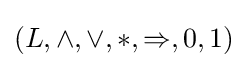
(L,\wedge ,\vee ,\ast ,\Rightarrow ,0,1)